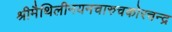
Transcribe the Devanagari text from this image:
श्रीमैथिलीनयनचारुचकोरचन्द्र